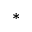
^ { \ast }